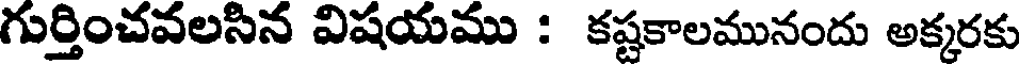
గుర్తించవలసిన విషయము : కష్టకాలమునందు అక్కరకు